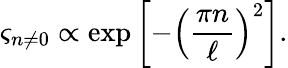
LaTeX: \varsigma_{n\ne 0}\propto\exp\left\lbrack-\left(\frac{\pi n}{\ell}\right)^{2}\right\rbrack.